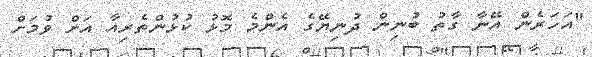
"އަހަރެން އޭނާ ގާތު ބުނިން ދުނިޔޭގެ އެންމެ މޮޅު ކުޅުންތެރިއާ އަށް ވުމަށް